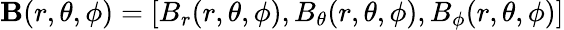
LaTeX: \mathbf{B}(r,\theta,\phi)=[B_{r}(r,\theta,\phi),B_{\theta}(r,\theta,\phi),B_{\phi}(r,\theta,\phi)]